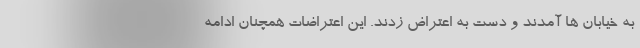
به خیابان ها آمدند و دست به اعتراض زدند. این اعتراضات همچنان ادامه